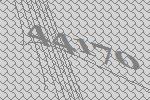
44170